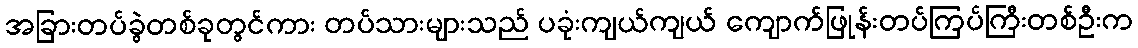
အခြားတပ်ခွဲတစ်ခုတွင်ကား တပ်သားများသည် ပခုံးကျယ်ကျယ် ကျောက်ဖြုန်းတပ်ကြပ်ကြီးတစ်ဦးက